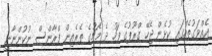
އެއްވަގުތެއްގައި ކުޅެން ޖެހޭ ގްރޫޕުގެ ފަހު ދެ މެޗުގެ ތެރެއިން ފްރާންސް ނުކުންނާނީ